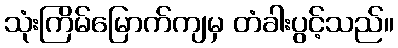
သုံးကြိမ်မြောက်ကျမှ တံခါးပွင့်သည်။